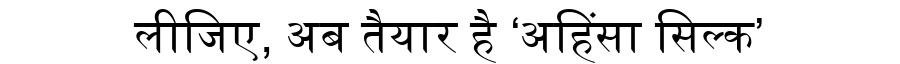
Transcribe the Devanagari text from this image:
लीजिए, अब तैयार है ‘अहिंसा सिल्क’